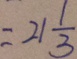
= 2 1 \frac { 1 } { 3 }